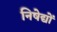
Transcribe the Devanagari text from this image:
निषेद्यों